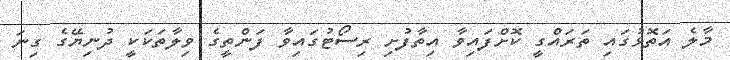
މާލެ އަތޮޅުގައި ތަރައްގީ ކޮށްފައިވާ އިތާފުށި ރިސޯޓުގައިވާ ފަންތީގެ ވިލާތަކަކީ ދުނިޔޭގެ ގިނަ